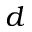
d